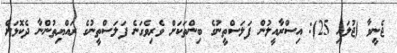
ޖެނީވާ (ޖުލައި 25): އިސްރާއީލުން ފަލަސްތީނުގެ ބިންތަކަށް ވެރިވެގަނެ ފަލަސްތީނުގެ ރައްޔިތުންނާ ދެކޮޅަށް